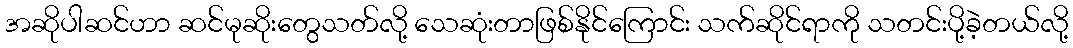
အဆိုပါဆင်ဟာ ဆင်မုဆိုးတွေသတ်လို့ သေဆုံးတာဖြစ်နိုင်ကြောင်း သက်ဆိုင်ရာကို သတင်းပို့ခဲ့တယ်လို့